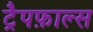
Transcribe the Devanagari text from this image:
ट्रैपफ़ाल्स